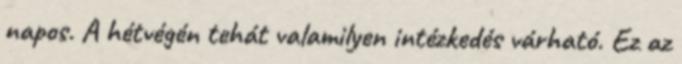
napos. A hétvégén tehát valamilyen intézkedés várható. Ez az